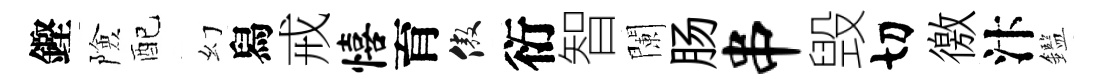
鏗險配幻舄戒僖育傲衍智闌肠串毁切徼汴鑑